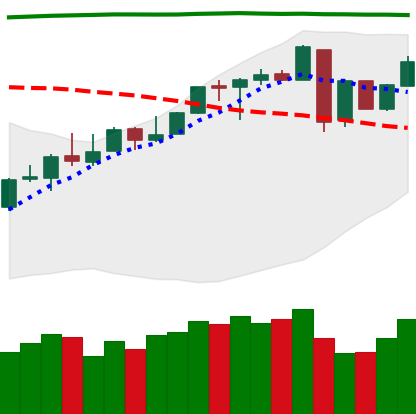
Ticker: LINK-USD
Chart end date: 2018-04-29
Forward return: 12.966%
Label: up_7plus